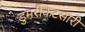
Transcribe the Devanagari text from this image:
डुमरीकटसारी